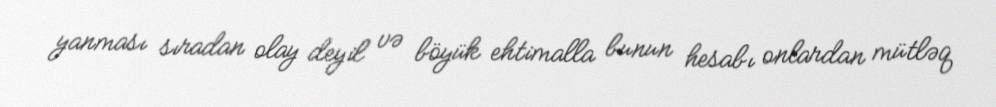
yanması sıradan olay deyil və böyük ehtimalla bunun hesabı onlardan mütləq